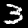
Label: 3